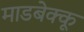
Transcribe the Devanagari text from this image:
माडबेक्कू